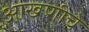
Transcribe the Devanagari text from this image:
आखणीचे